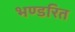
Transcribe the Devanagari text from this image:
भण्डरित